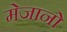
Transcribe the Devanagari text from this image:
मेजानो